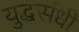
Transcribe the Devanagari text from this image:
युद्धसंधी